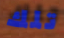
تلك